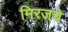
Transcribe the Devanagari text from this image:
मिरजचे